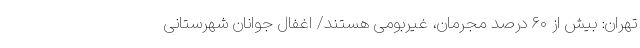
تهران: بیش از ۶۰ درصد مجرمان، غیربومی هستند/ اغفال جوانان شهرستانی